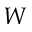
W